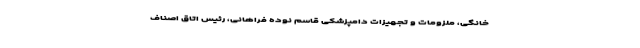
خانگی، ملزومات و تجهیزات دامپزشکی قاسم نوده فراهانی، رئیس اتاق اصناف